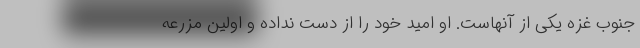
جنوب غزه یکی از آنهاست. او امید خود را از دست نداده و اولین مزرعه